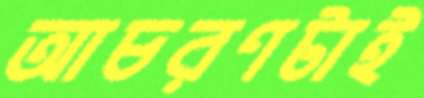
আচরণটাই